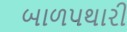
બાળપથારી